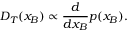
D _ { T } ( x _ { B } ) \propto { \frac { d } { d x _ { B } } } p ( x _ { B } ) .